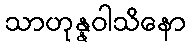
သာဟုန္နဝါသိနော